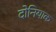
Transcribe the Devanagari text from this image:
दोनियाक